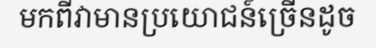
មកពីវាមានប្រយោជន៍ច្រើនដូច